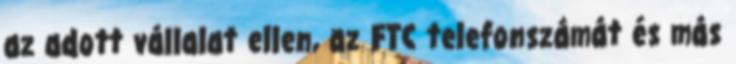
az adott vállalat ellen, az FTC telefonszámát és más